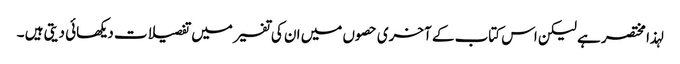
لہذا مختصر ہے لیکن اس کتاب کے آخری حصوں میں ان کی تفسیر میں تفصیلات دیکھائی دیتی ہیں ۔